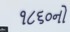
૧૮૬૦નો